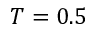
T = 0 . 5